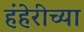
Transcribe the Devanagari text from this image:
हंहेरीच्या